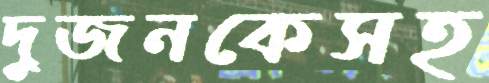
দুজনকেসহ